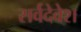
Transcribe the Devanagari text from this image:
सर्वदेवेश